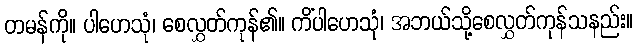
တမန်ကို။ ပါဟေသုံ၊ စေလွှတ်ကုန်၏။ ကိံပါဟေသုံ၊ အဘယ်သို့စေလွှတ်ကုန်သနည်း။